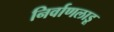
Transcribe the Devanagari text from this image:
निर्वाणलाडू